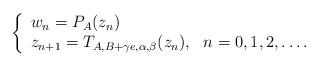
LaTeX: \begin{align*}\left \{\begin{array}{l}w_{n}=P_{A}(z_{n})\\z_{n+1}=T_{A,B+\gamma e,\alpha,\beta}(z_{n}),~~n=0,1,2,\dots.\end{array}\right.\end{align*}